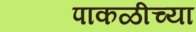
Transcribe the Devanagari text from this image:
पाकळीच्या